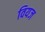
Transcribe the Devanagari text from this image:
वियज